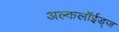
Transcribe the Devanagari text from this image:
अल्कलॉईड्‌ज